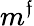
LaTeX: m^{\mathfrak{f}}